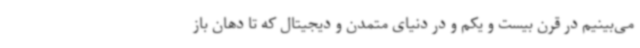
می‌بینیم در قرن بیست و یکم و در دنیای متمدن و دیجیتال که تا دهان باز